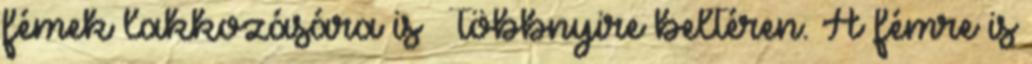
fémek lakkozására is – többnyire beltéren. A fémre is